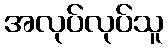
အလုပ်လုပ်သူ